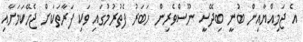
އެ ޖަމިއްޔާއިން ބުނީ ބިދޭސީ ނޫސްވެރިން ހަބަރު ފެތުރުމުގައި ވަކި ފަރާތަކަށް ޖެހޭކަމަށާއި